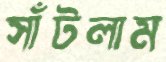
সাঁটলাম